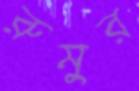
রুমুর